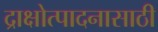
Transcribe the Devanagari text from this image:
द्राक्षोत्पादनासाठी